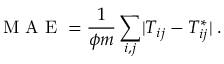
\mathrm { ~ M ~ A ~ E ~ } = \frac { 1 } { \phi m } \sum _ { i , j } \lvert T _ { i j } - T _ { i j } ^ { * } \rvert \; .